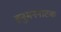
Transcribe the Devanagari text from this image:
हनुमननाटक